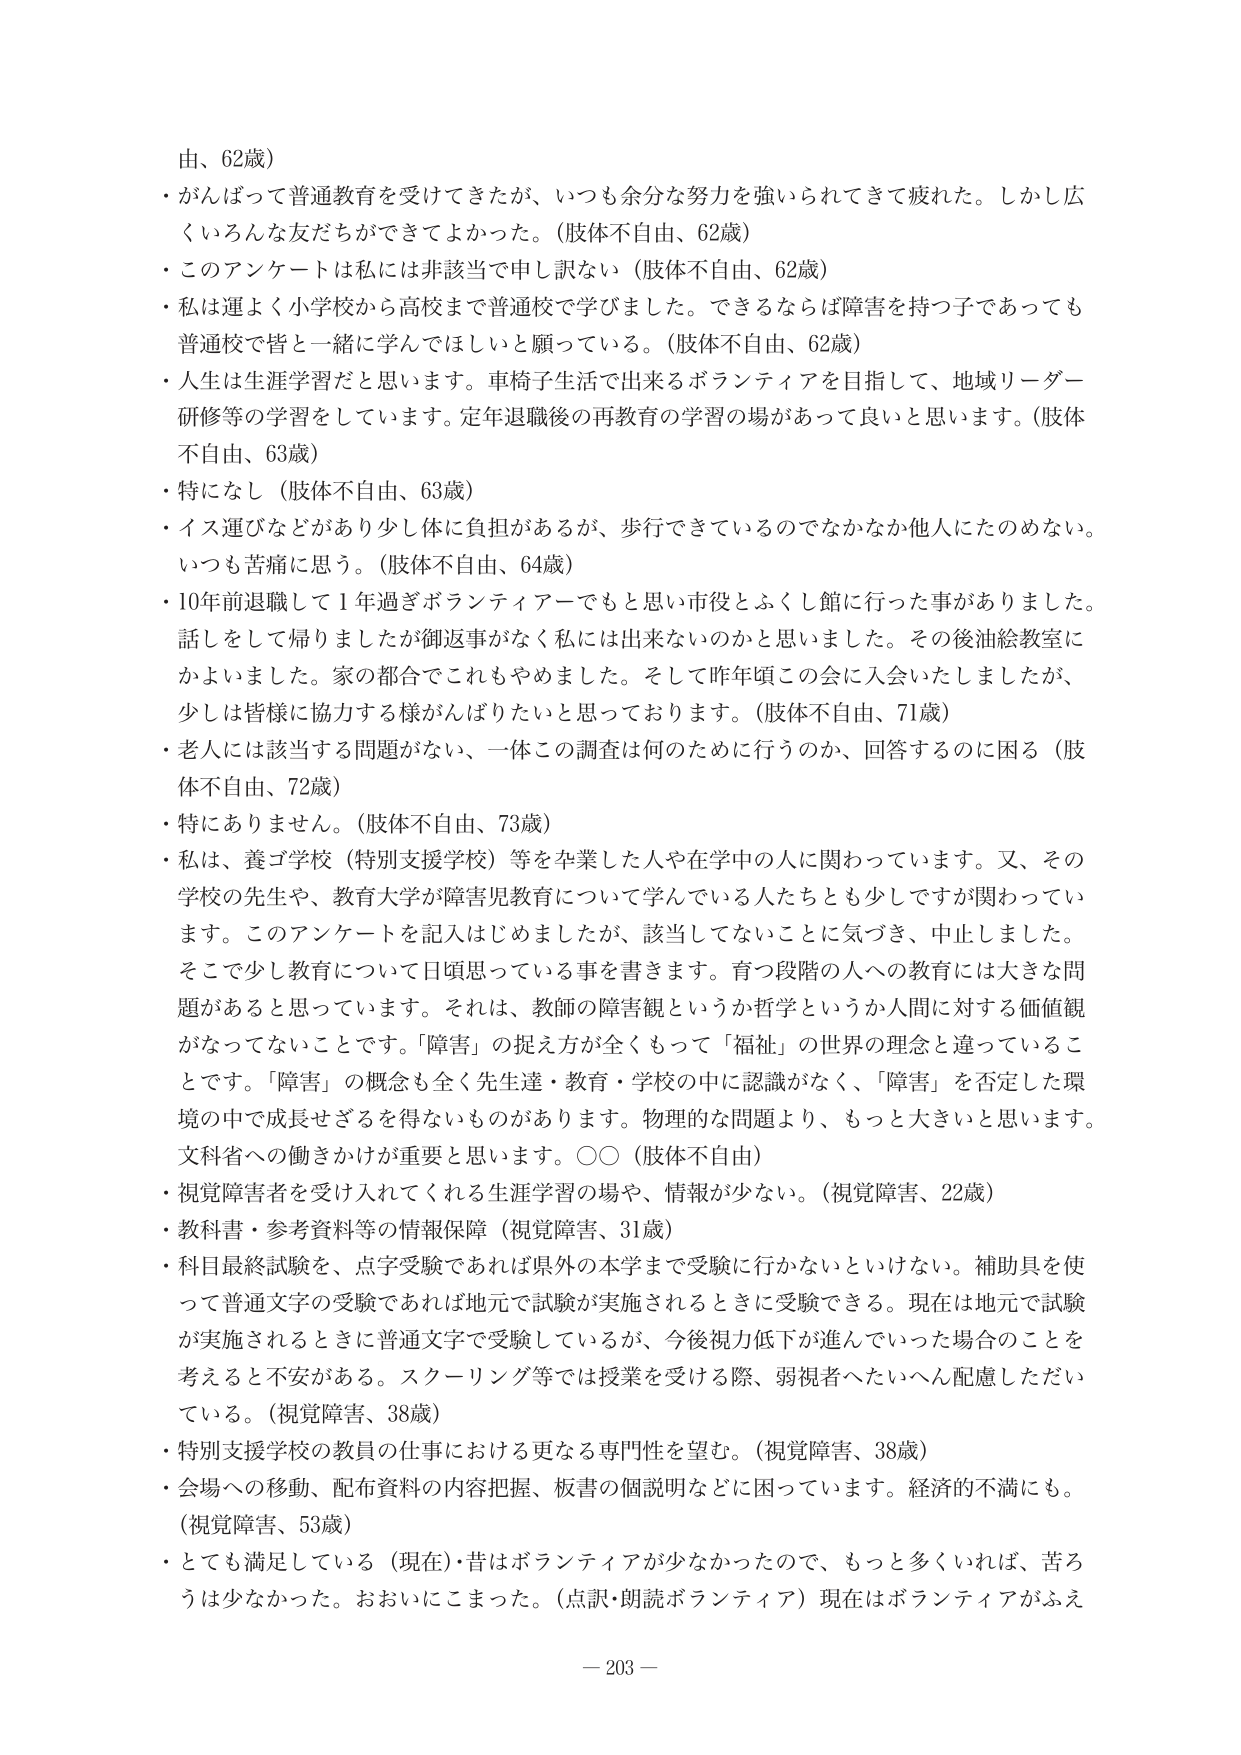
由、62歳）

・がんばって普通教育を受けてきたが、いつも余分な努力を強いられてきて疲れた。しかし広くいろんな友だちができてよかった。（肢体不自由、62歳）

・このアンケートは私には非該当で申し訳ない（肢体不自由、62歳）

・私は運よく小学校から高校まで普通校で学びました。できるならば障害を持つ子であっても普通校で皆と一緒に学んでほしいと願っている。（肢体不自由、62歳）

・人生は生涯学習だと思います。車椅子生活で出来るボランティアを目指して、地域リーダー研修等の学習をしています。定年退職後の再教育の学習の場があって良いと思います。（肢体不自由、63歳）

・特になし（肢体不自由、63歳）

・イス運びなどがあり少し体に負担があるが、歩行できているのでなかなか他人にたのめない。いつも苦痛に思う。（肢体不自由、64歳）

・10年前退職して1年過ぎボランティアでもと思い市役とふくし館に行った事がありました。話しをして帰りましたが御返事がない私には出来ないのかと思いました。その後油絵教室にかよいました。家の都合でこれもやめました。そして昨年頃この会に入会いたしましたが、少しは皆様に協力する様がんばりたいと思っております。（肢体不自由、71歳）

・老人には該当する問題がない、一体この調査は何のために行うのか、回答するのに困る（肢体不自由、72歳）

・特にありません。（肢体不自由、73歳）

・私は、養ゴ学校（特別支援学校）等を卒業した人や在学中の人に関わっています。又、その学校の先生や、教育大学が障害児教育について学んでいる人たちとも少しですが関わっています。このアンケートを記入はじめましたが、該当してないことに気づき、中止しました。そこで少し教育について日頃思っている事を書きます。育つ段階の人への教育には大きな問題があると思っています。それは、教師の障害観というか哲学というか人間に対する価値観がなってないことです。「障害」の捉え方が全くもって「福祉」の世界の理念と違っていることです。「障害」の概念も全く先生達・教育・学校の中に認識がなく、「障害」を否定した環境の中で成長せざるを得ないものがあります。物理的な問題より、もっと大きいと思います。文科省への働きかけが重要と思います。○○（肢体不自由）

・視覚障害者を受け入れてくれる生涯学習の場や、情報が少ない。（視覚障害、22歳）

・教科書・参考資料等の情報保障（視覚障害、31歳）

・科目最終試験を、点字受験であれば県外の本学まで受験に行かないといけない。補助具を使って普通文字の受験であれば地元で試験が実施されるときに受験できる。現在は地元で試験が実施されるときに普通文字で受験しているが、今後視力低下が進んでいった場合のことを考えると不安がある。スクーリング等では授業を受ける際、弱視者へたいへん配慮ただいている。（視覚障害、38歳）

・特別支援学校の教員の仕事における更なる専門性を望む。（視覚障害、38歳）

・会場への移動、配布資料の内容把握、板書の個説明などに困っています。経済的不満にも。（視覚障害、53歳）

・とても満足している（現在）・昔はボランティアが少なかったので、もっと多くいれば、苦ろうは少なかった。おおいにこまった。（点訳・朗読ボランティア）現在はボランティアがふえ

－ 203 －